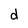
Character: d